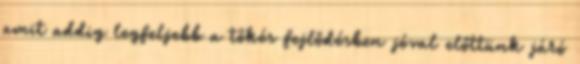
amit addig legfeljebb a tőkés fejlődésben jóval előttünk járó